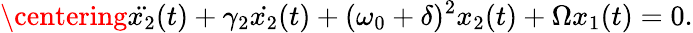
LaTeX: \centering\ddot{x_{2}}(t)+\gamma_{2}\dot{x_{2}}(t)+(\omega_{0}+\delta)^{2}x_{2}(t)+\Omega x_{1}(t)=0.